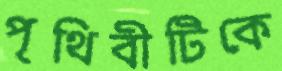
পৃথিবীটিকে